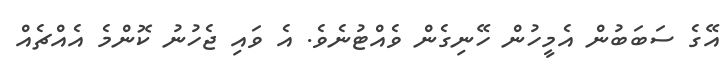
އޭގެ ސަބަބުން އެމީހުން ހޭނިގެން ވެއްޓުނެވެ. އެ ވައި ޖެހުނު ކޮންމެ އެއްޗެއް